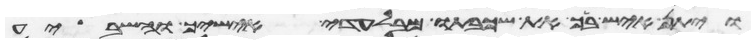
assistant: ויתן איש ביך את שכבתו מבלעדי אישיך והשביע